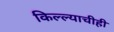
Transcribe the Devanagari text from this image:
किल्ल्याचीही